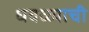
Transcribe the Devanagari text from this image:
धवळ्याची